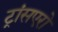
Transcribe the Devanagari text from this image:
ट्रांसएरो